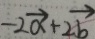
- 2 \overrightarrow { a } + 2 \overrightarrow { b }